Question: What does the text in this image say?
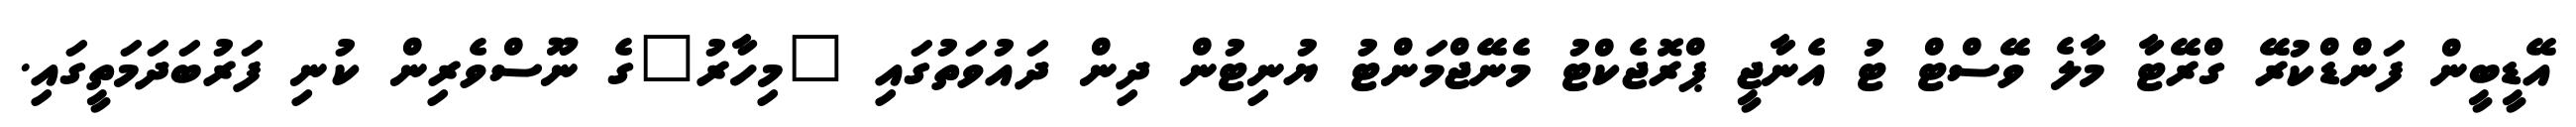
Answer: އޭޑީބީން ފަންޑްކުރޭ ގްރޭޓާ މާލެ ވޭސްޓް ޓު އެނާޖީ ޕްރޮޖެކްޓު މެނޭޖްމަންޓު ޔުނިޓުން ދިން ދައުވަތުގައި "މިހާރު"ގެ ނޫސްވެރިން ކުނި ފަރުބަދަމަތީގައި.